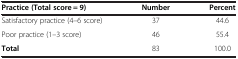
| Practice (Total score = 9) | Number | Percent |
 | --- | --- | --- |
 | Satisfactory practice (4–6 score) | 37 | 44.6 |
 | Poor practice (1–3 score) | 46 | 55.4 |
 | Total | 83 | 100.0 |